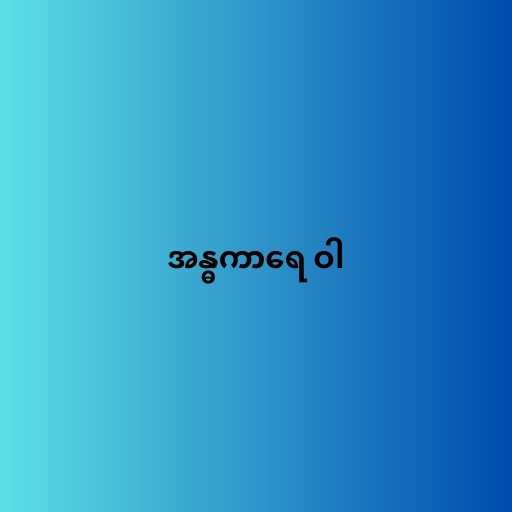
အန္ဓကာရေ ဝါ